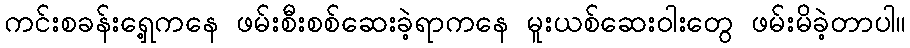
ကင်းစခန်းရှေ့ကနေ ဖမ်းစီးစစ်ဆေးခဲ့ရာကနေ မူးယစ်ဆေးဝါးတွေ ဖမ်းမိခဲ့တာပါ။